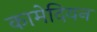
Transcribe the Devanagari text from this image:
कामेदियन